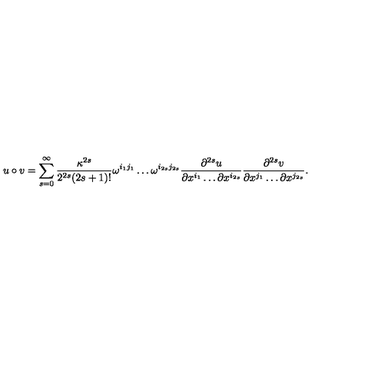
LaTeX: u \circ v = \sum _ { s = 0 } ^ { \infty } { \frac { \kappa ^ { 2 s } } { 2 ^ { 2 s } ( 2 s + 1 ) ! } } \omega ^ { i _ { 1 } j _ { 1 } } \ldots \omega ^ { i _ { 2 s } j _ { 2 s } } { \frac { \partial ^ { 2 s } u } { \partial x ^ { i _ { 1 } } \ldots \partial x ^ { i _ { 2 s } } } } { \frac { \partial ^ { 2 s } v } { \partial x ^ { j _ { 1 } } \ldots \partial x ^ { j _ { 2 s } } } } .